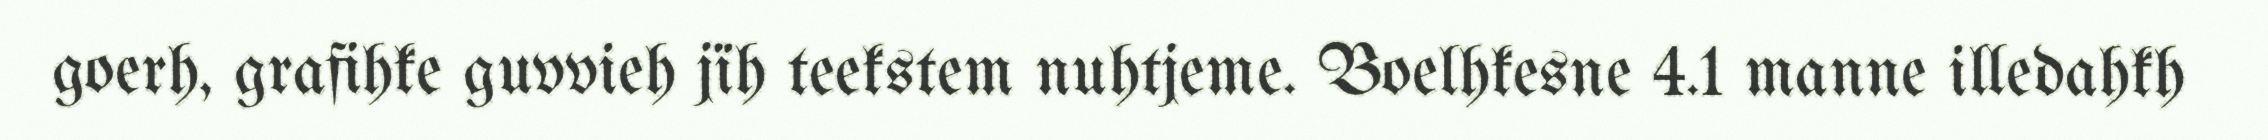
goerh, grafihke guvvieh jïh teekstem nuhtjeme. Boelhkesne 4.1 manne illedahkh